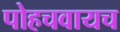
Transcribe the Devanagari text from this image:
पोहचवायच